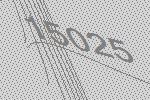
15025